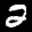
Label: 2